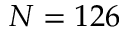
N = 1 2 6